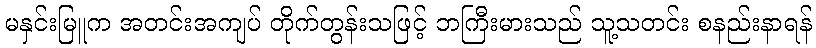
မနှင်းမြူက အတင်းအကျပ် တိုက်တွန်းသဖြင့် ဘကြီးမားသည် သူ့သတင်း စနည်းနာရန်